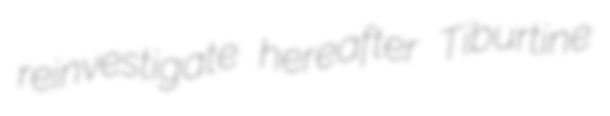
reinvestigate hereafter Tiburtine